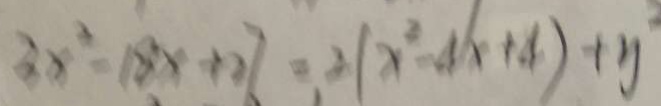
3 x ^ { 2 } - 1 8 x + 2 7 = 2 ( x ^ { 2 } - 4 x + 4 ) + y ^ { 2 }